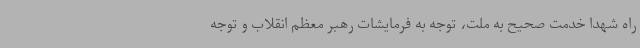
راه شهدا خدمت صحیح به ملت، توجه به فرمایشات رهبر معظم انقلاب و توجه